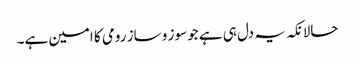
حالانکہ یہ دل ہی ہے جو سوز و ساز رومی کا امین ہے۔